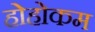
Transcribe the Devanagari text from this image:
होहोकम